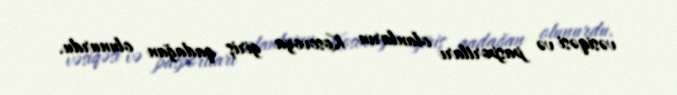
vəsiqəsi və pasportları olanların Kosovoya giriş qadağan olunurdu.